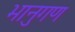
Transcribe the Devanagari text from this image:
भानुगण